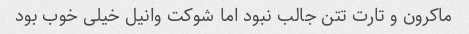
ماکرون و تارت تتن جالب نبود اما شوکت وانیل خیلی خوب بود